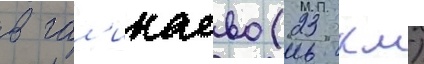
в гал'икаево (23 км)